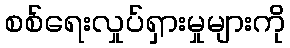
စစ်ရေးလှုပ်ရှားမှုများကို